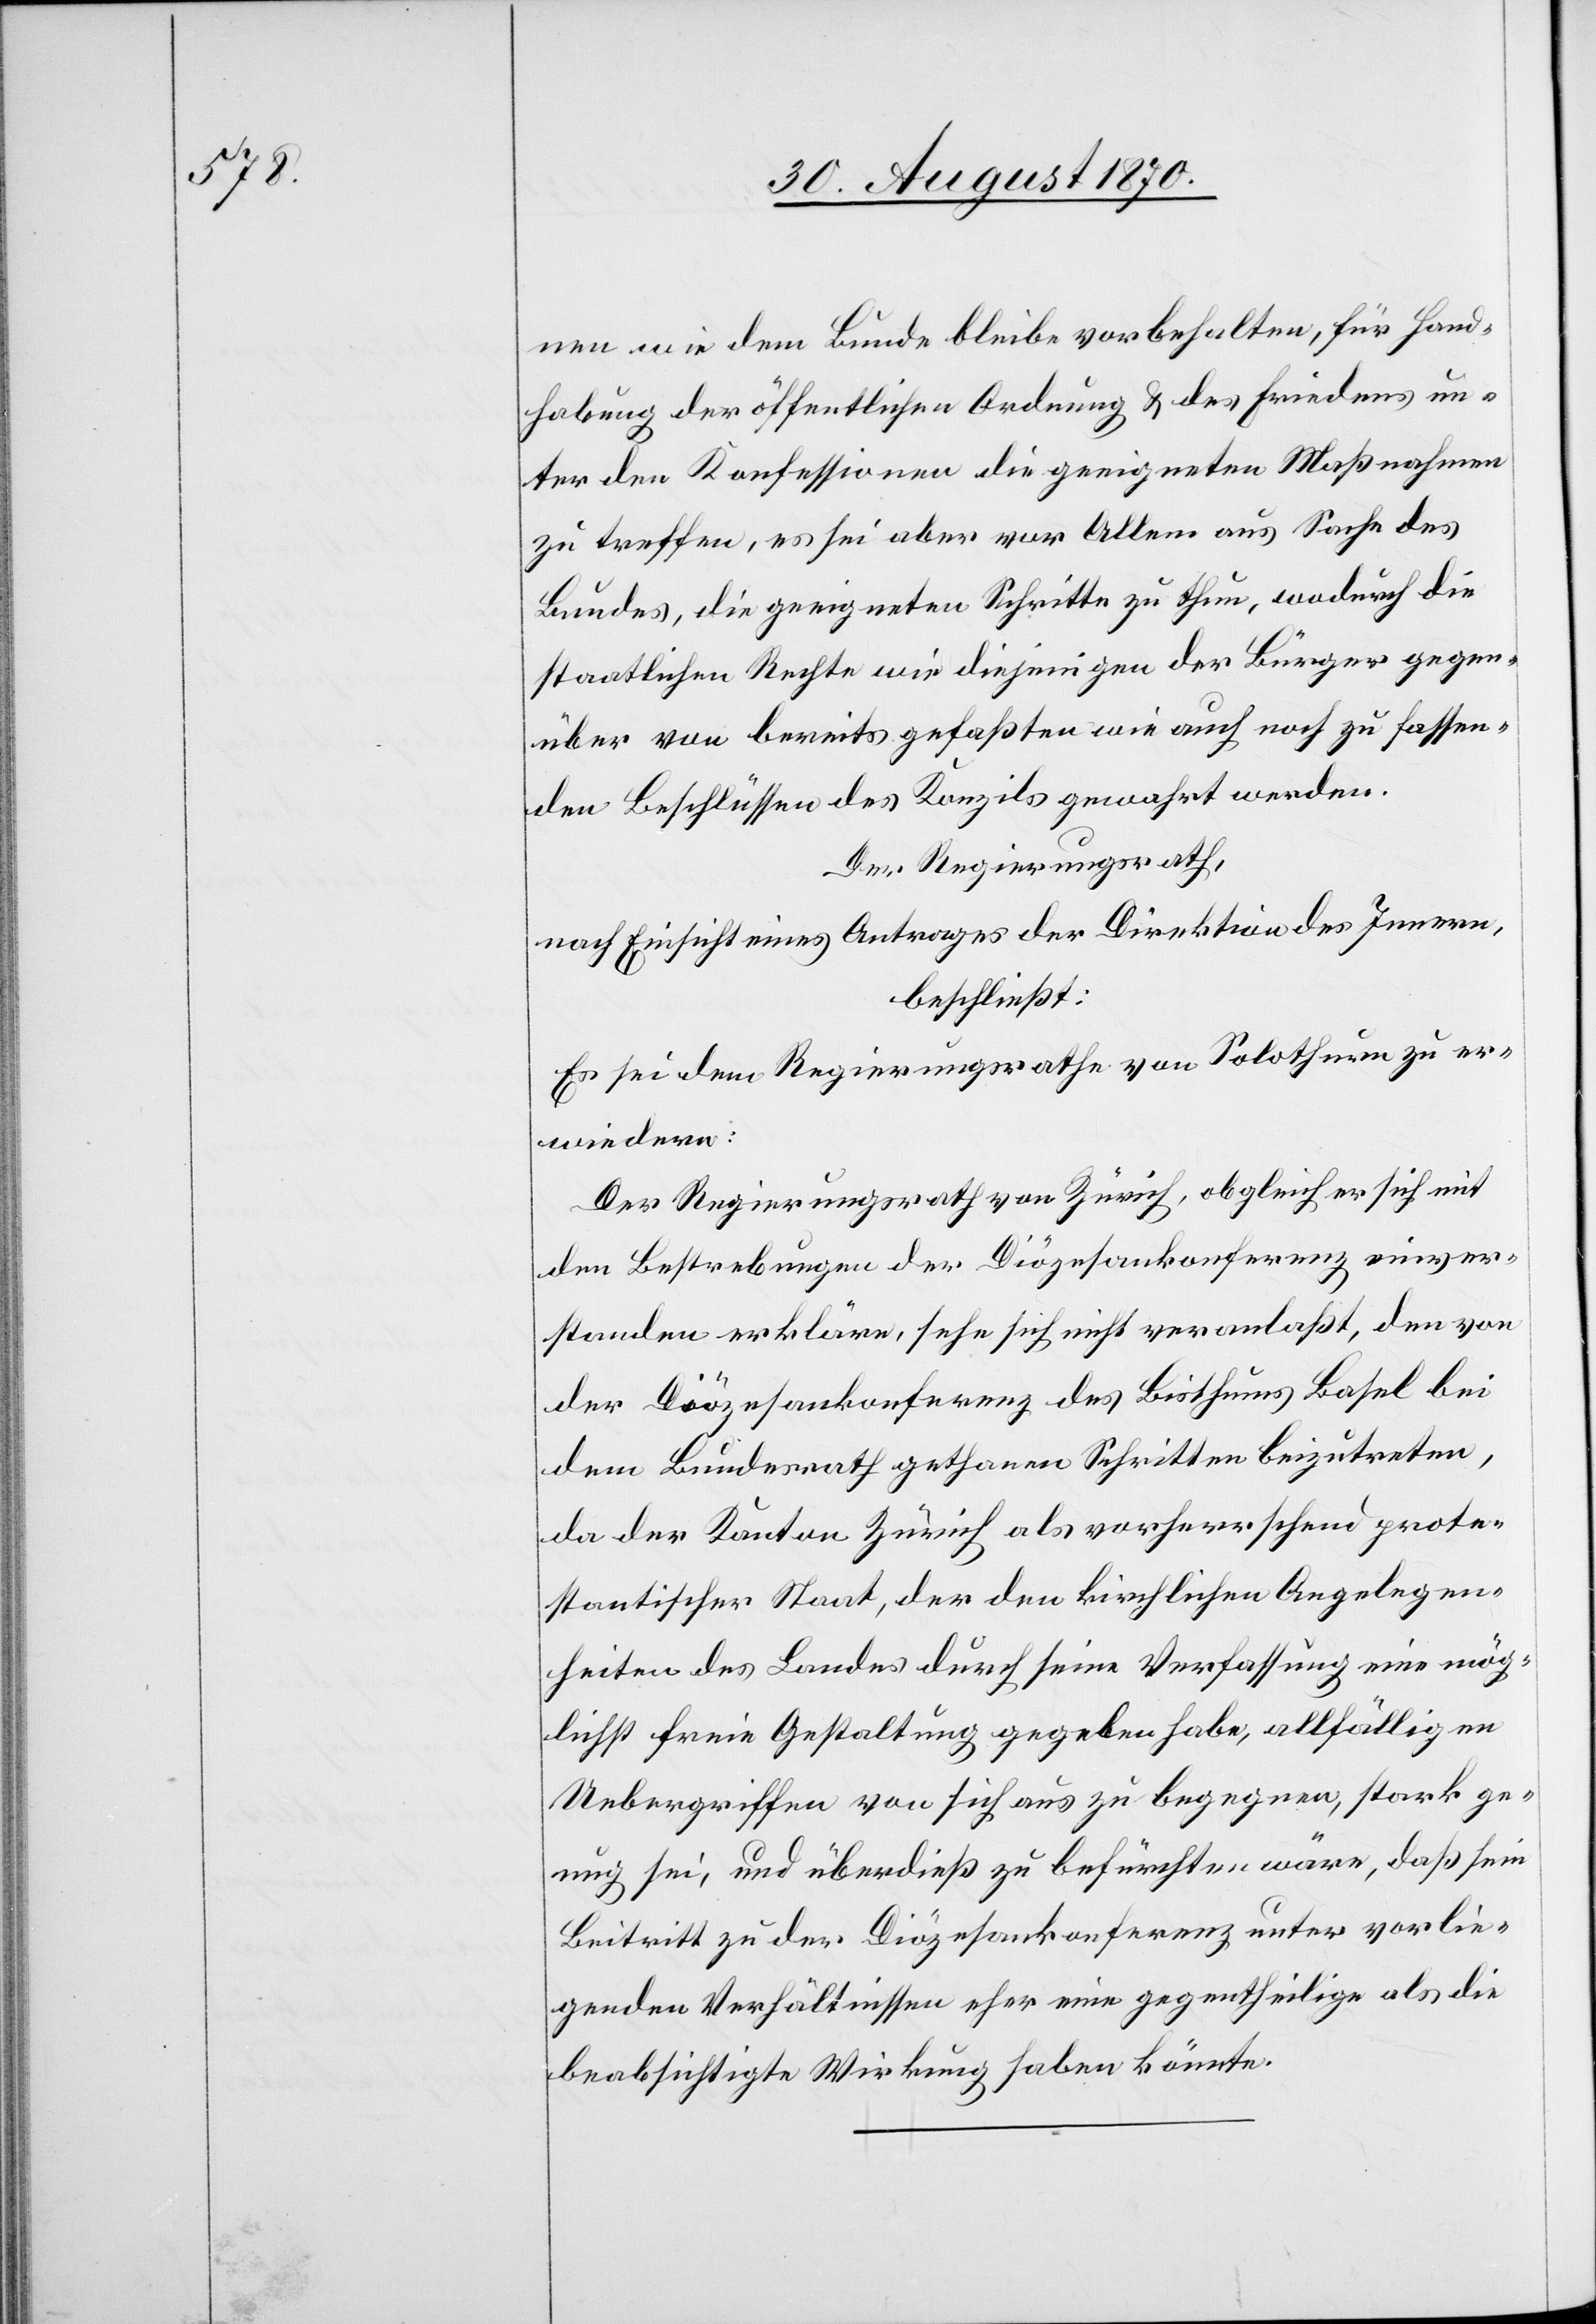
nen wie dem Bunde bleibe vorbehalten, für Hand¬
habung der öffentlichen Ordnung & des Friedens un¬
ter den Konfessionen die geeigneten Maßnahmen
zu treffen, es sei aber vor Allem aus Sache des
Bundes, die geeigneten Schritte zu thun, wodurch die
staatlichen Rechte wie diejenigen der Bürger gegen¬
über von bereits gefaßten wie auch noch zu fassen¬
den Beschlüssen des Konzils gewahrt werden.
Der Regierungsrath,
nach Einsicht eines Antrages der Direktion des Innern,
beschließt:
Es sei dem Regierungsrathe von Solothurn zu er¬
wiedern:
Der Regierungsrath von Zürich, obgleich er sich mit
den Bestrebungen der Diözesankonferenz einver¬
standen erkläre, sehe sich nicht veranlaßt, den von
der Diözesankonferenz des Bisthums Basel bei
dem Bundesrath gethanen Schritten beizutreten,
da der Kanton Zürich als vorherrschend prote¬
stantischer Staat, der den kirchlichen Angelegen¬
heiten des Landes durch seine Verfassung eine mög¬
lichst freie Gestaltung gegeben habe, allfälligen
Uebergriffen von sich aus zu begegnen, stark ge¬
nug sei, und überdieß zu befürchten wäre, daß sein
Beitritt zu der Diözesankonferenz unter vorlie¬
genden Verhältnissen eher eine gegentheilige als die
beabsichtigte Wirkung haben könnte.